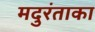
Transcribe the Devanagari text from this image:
मदुरंताका